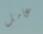
عامل